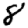
Digit: 8